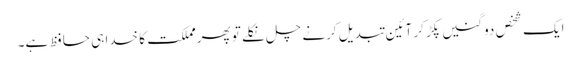
ایک شخص دو گنیں پکڑ کر آئین تبدیل کرنے چل نکلے تو پھرمملکت کا خدا ہی حافظ ہے۔